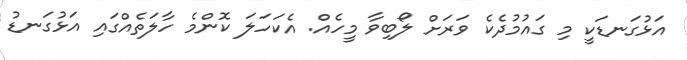
އަޅުގަނޑަކީ މި ގައުމުދެކެ ވަރަށް ލޯބިވާ މީހެއް. އެކަހަލަ ކޮންމެ ހާލަތެއްގައި އަޅުގަނޑު